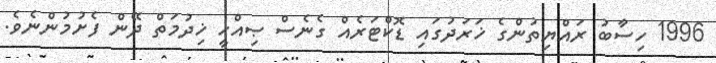
1996 ހިސާބު ރައްޔިތުންގެ ޚަރަދުގައި ޑޮކްޓަރެއް ގެނެސް ޞިއްޙީ ޚިދުމަތް ދޭން ފެށުމުންނެވެ.